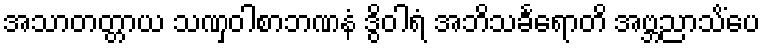
အသာတတ္တာယ သဏှဝါစာဘဏနံ ဒွိဝါရံ အဘိသင်္ခရောတိ အဗ္ဘညာသိံပေ